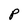
Character: P